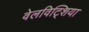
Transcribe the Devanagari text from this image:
वेलविट्शिया